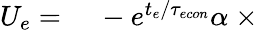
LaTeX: \begin{array}{rl}{U_{e}=}&{{}\ -e^{t_{e}/{\tau_{econ}}}\alpha\ \times}\end{array}